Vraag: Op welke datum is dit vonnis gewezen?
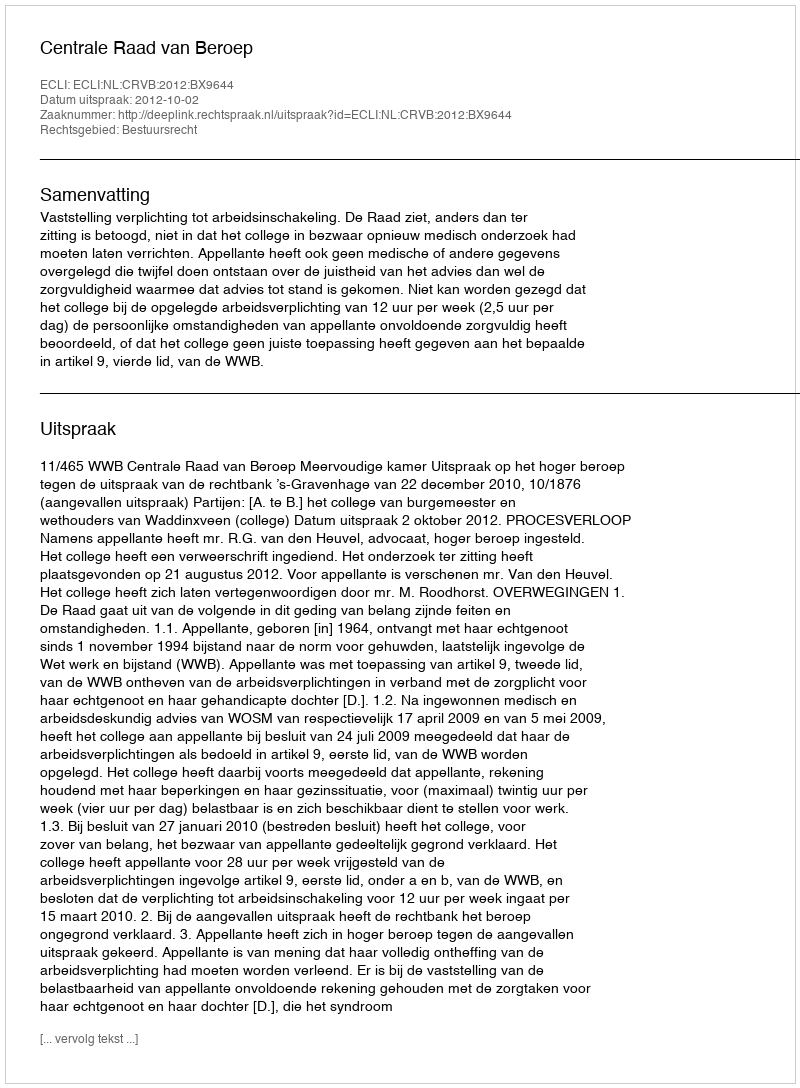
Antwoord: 2012-10-02